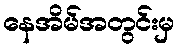
နေအိမ်အတွင်းမှ